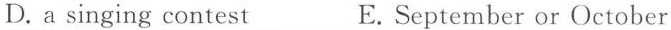
D.a singing contest E.September or October